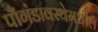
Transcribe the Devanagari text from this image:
पौगंडावस्थेमधील